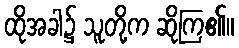
ထိုအခါ၌ သူတို့က ဆိုကြ၏။